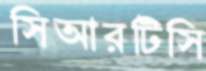
সিআরটিসি